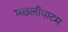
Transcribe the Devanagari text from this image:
मछलीपाटम